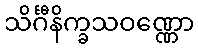
သိင်္ဂီနိက္ခသဝဏ္ဏော